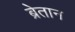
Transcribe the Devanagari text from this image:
ब्रेतान